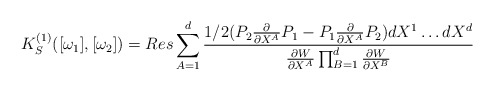
\begin{align*}K_{S}^{(1)}( [\omega_1] , [ \omega_2 ] )=Res \sum_{A=1}^{d} \frac{1/2 (P_2{\partial \over \partial X^A}P_1 -P_1 {\partial \over \partial X^A}P_2)dX^1 \ldots dX^d }{ \frac{\partial W}{\partial X^A}\prod_{B=1}^{d} \frac{\partial W}{\partial X^B}}\end{align*}